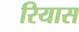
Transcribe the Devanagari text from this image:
रियास